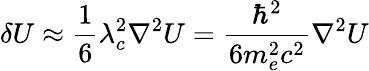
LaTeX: \delta U\approx{\frac{1}{6}}\lambda_{c}^{2}\nabla^{2}U={\frac{\hbar^{2}}{6m_{e}^{2}c^{2}}}\nabla^{2}U